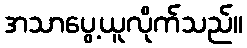
အသာပွေ့ယူလိုက်သည်။